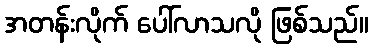
အတန်းလိုက် ပေါ်လာသလို ဖြစ်သည်။